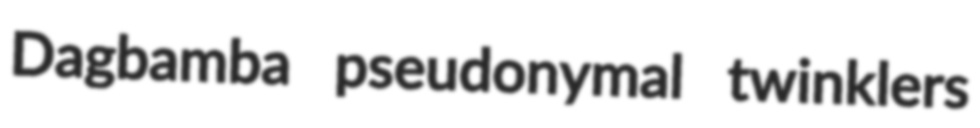
Dagbamba pseudonymal twinklers